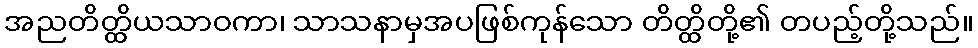
အညတိတ္ထိယသာဝကာ၊ သာသနာမှအပဖြစ်ကုန်သော တိတ္ထိတို့၏ တပည့်တို့သည်။